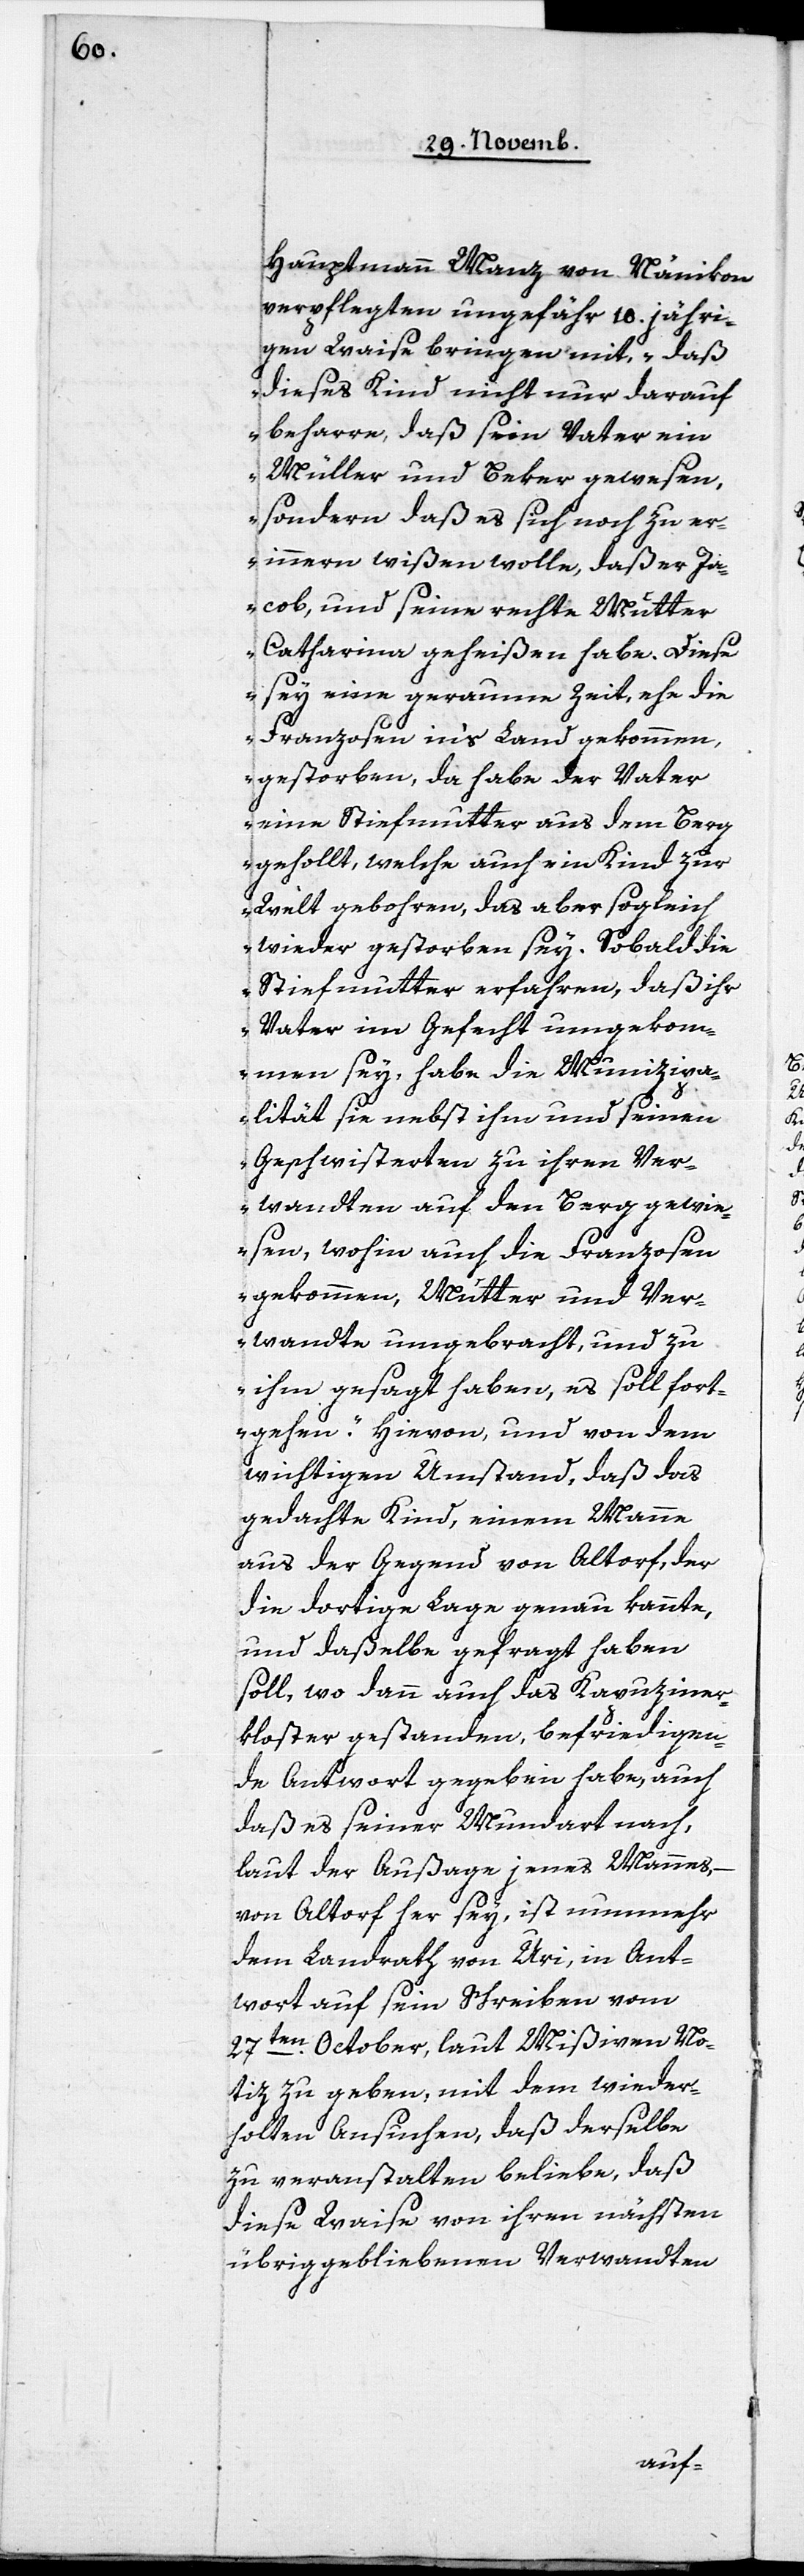
Hauptmann Manz von Nänikon
verpflegten ungefähr 10. jähri¬
gen Waise bringen mit, „daß
dieses Kind nicht nur darauf
beharre, daß sein Vater ein
sondern daß es sich noch zu er¬
innern wißen wolle, daß er Ja¬
cob, und seine rechte Mutter
Catharina geheißen habe. Diese
sey eine geraume Zeit, ehe die
Franzosen in‘s Land gekommen,
gestorben, da habe der Vater
eine Stiefmutter aus dem Berg
geholt, welche auch ein Kind zur
Welt gebohren, das aber sogleich
wieder gestorben sey. Sobald die
Stiefmutter erfahren, daß ihr
Vater im Gefecht umgekom¬
men sey, habe die Munizipa¬
lität sie nebst ihm und seinen
Geschwisterten zu ihren Ver¬
wandten auf den Berg gewie¬
sen, wohin auch die Franzosen
gekommen, Mutter und Ver¬
wandte umgebracht, und zu
ihm gesagt haben, es soll fort¬
gehen.“ Hievon, und von dem
wichtigen Umstand, daß das
gedachte Kind, einem Manne
aus der Gegend von Altorf, der
die dortige Lage genau kannte,
und daßelbe gefragt haben
soll, wo dann auch das Kapuziner¬
kloster gestanden, befriedigen¬
de Antwort gegeben habe, auch
daß es seiner Mundart nach,
laut der Außage jenes Mannes,
von Altorf her sey, ist nunmehr
dem Landrath von Uri, in Ant¬
wort auf sein Schreiben vom
27ten. October, laut Mißiven No¬
tiz zu geben, mit dem wieder¬
holten Ansuchen, daß derselbe
zu veranstalten beliebe, daß
diese Waise von ihren nächsten
übriggebliebenen Verwandten